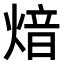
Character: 𤋾